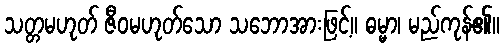
သတ္တမဟုတ် ဇီဝမဟုတ်သော သဘောအားဖြင့်။ ဓမ္မာ၊ မည်ကုန်၏။